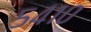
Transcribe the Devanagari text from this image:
५४१०